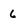
Character: 6